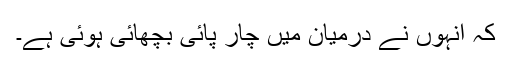
کہ انہوں نے درمیان میں چار پائی بچھائی ہوئی ہے۔